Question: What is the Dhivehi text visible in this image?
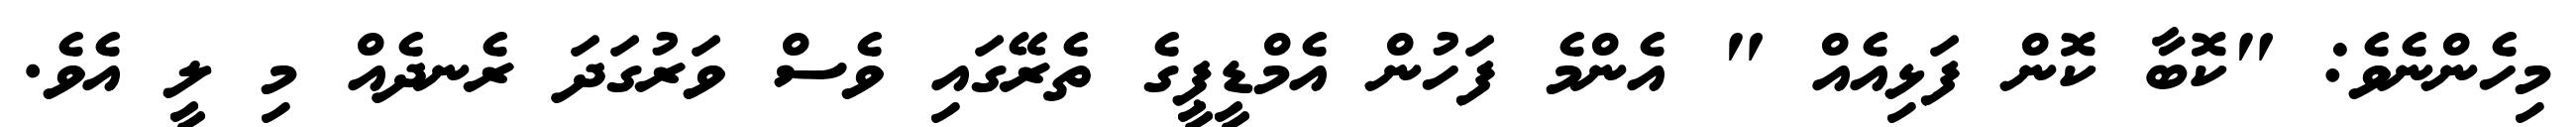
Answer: މިހެންނެވެ: "ކޮބާ ކޮން ފަޅިއެއް " އެންމެ ފަހުން އެމްޑީޕީގެ ތެރޭގައި ވެސް ވަރުގަދަ ރެނދެއް މި ލީ އެވެ.